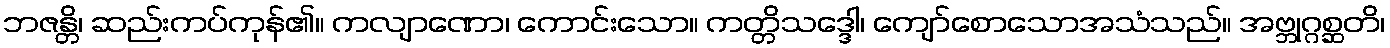
ဘဇန္တိ၊ ဆည်းကပ်ကုန်၏။ ကလျာဏော၊ ကောင်းသော။ ကတ္တိသဒ္ဒေါ၊ ကျော်စောသောအသံသည်။ အဗ္ဘုဂ္ဂစ္ဆတိ၊